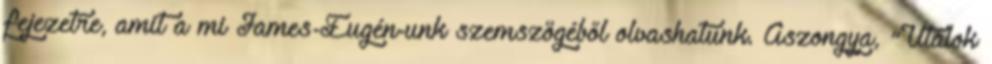
fejezetre, amit a mi James-Eugén-unk szemszögéből olvashatunk. Aszongya, "Utálok